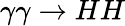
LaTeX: \gamma\gamma\rightarrow HH